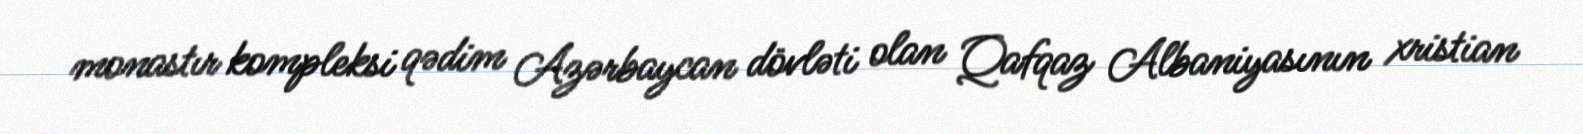
monastır kompleksi qədim Azərbaycan dövləti olan Qafqaz Albaniyasının xristian